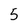
Character: 5